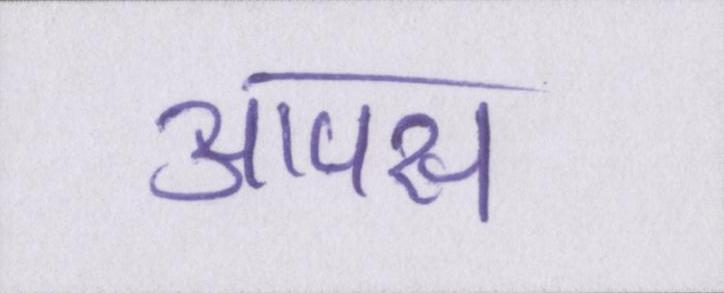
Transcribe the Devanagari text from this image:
आपस